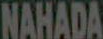
NAHADA